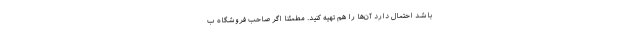
باشد احتمال دارد آن‌ها را هم تهیه کنید. مطمئنا اگر صاحب فروشگاه ب